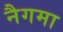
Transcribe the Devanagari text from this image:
नैगमा